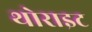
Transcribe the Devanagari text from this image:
थोराइट